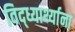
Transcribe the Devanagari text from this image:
विद्ध्यार्थ्याना